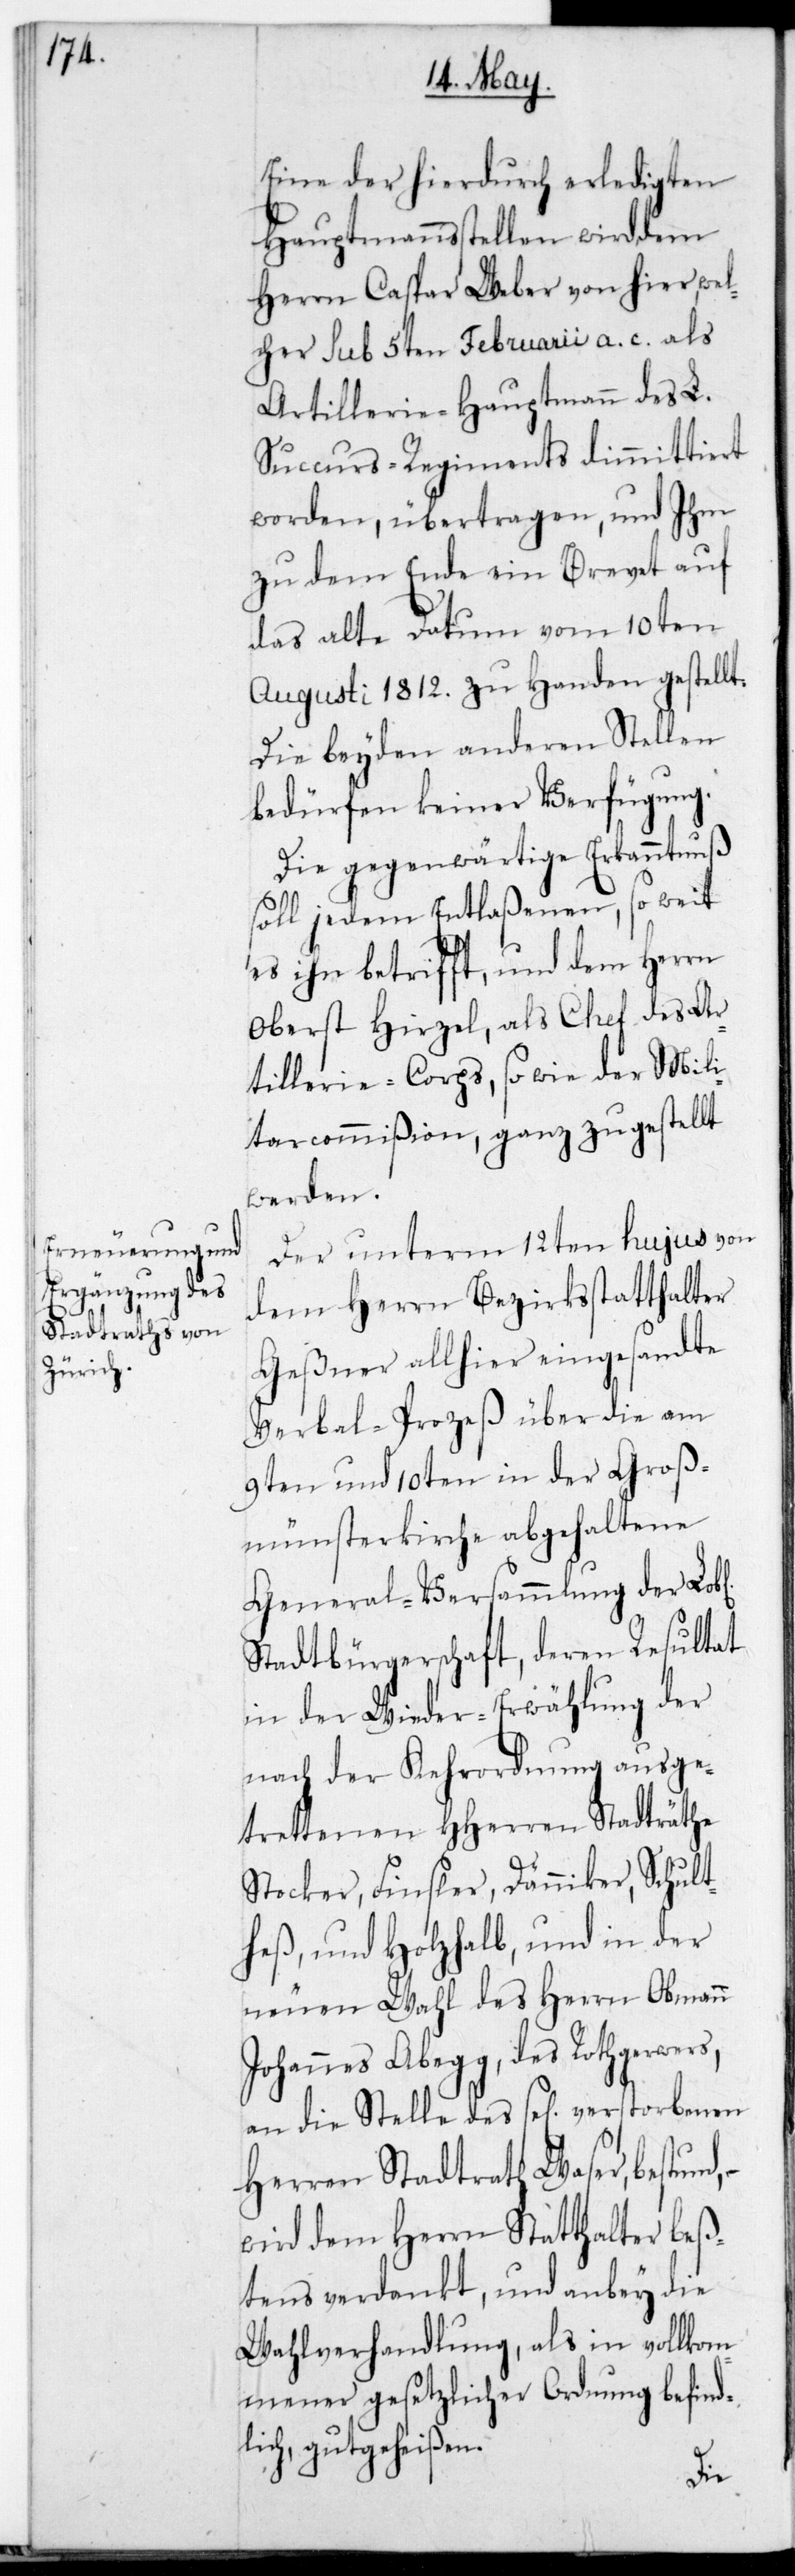
Eine der hierdurch erledigten
Hauptmannsstellen wird dem
Herrn Caspar Weber von hier, wel¬
cher sub 5ten Februarii a. c. als
Artillerie-Hauptmann des L.
Succursregiments dimmittiert
worden, übertragen, und ihm
zu dem Ende ein Brevet auf
das alte Datum vom 10ten
Augusti 1812. zu Handen gestellt,
die beyden anderen Stellen
bedürfen keiner Verfügung.
Die gegenwärtige Erkanntnuß
soll jedem Entlaßenen, so weit
es ihn betrifft, und dem Herrn
Oberst Hirzel, als Chef des Ar¬
tillerie-Corps, sowie der Mili¬
tarcommißion ganz zugestellt
werden.
Der unterm 12ten hujus von
dem Herrn Bezirksstatthalter
Geßner allhier eingesandte
Verbal-Prozeß über die am
9ten und 10ten in der Groß¬
münsterkirche abgehaltene
General-Versammlung der L.
Stadtbürgerschaft, deren Resultat
in der Wiedererwählung der
nach der Kehrordnung ausge¬
trettenen HHerren Stadträthe
Stocker, Finsler, Dänniker, Schult¬
heß und Holzhalb, und in der
neuen Wahl des Herrn Obmann
Johannes Abegg, des Rotgerwers,
an die Stelle des sel. verstorbenen
Herren Stadtrath Waser,
wird dem Herrn Statthalter beß¬
tens verdankt, und anbey die
Wahlverhandlung, als in vollkom¬
mener gesetzlicher Ordnung befind¬
lich, gutgeheißen.